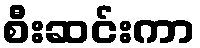
စီးဆင်းကာ